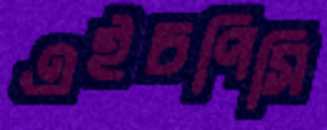
এইচপিসি